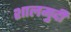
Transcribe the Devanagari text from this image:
शालमुदी